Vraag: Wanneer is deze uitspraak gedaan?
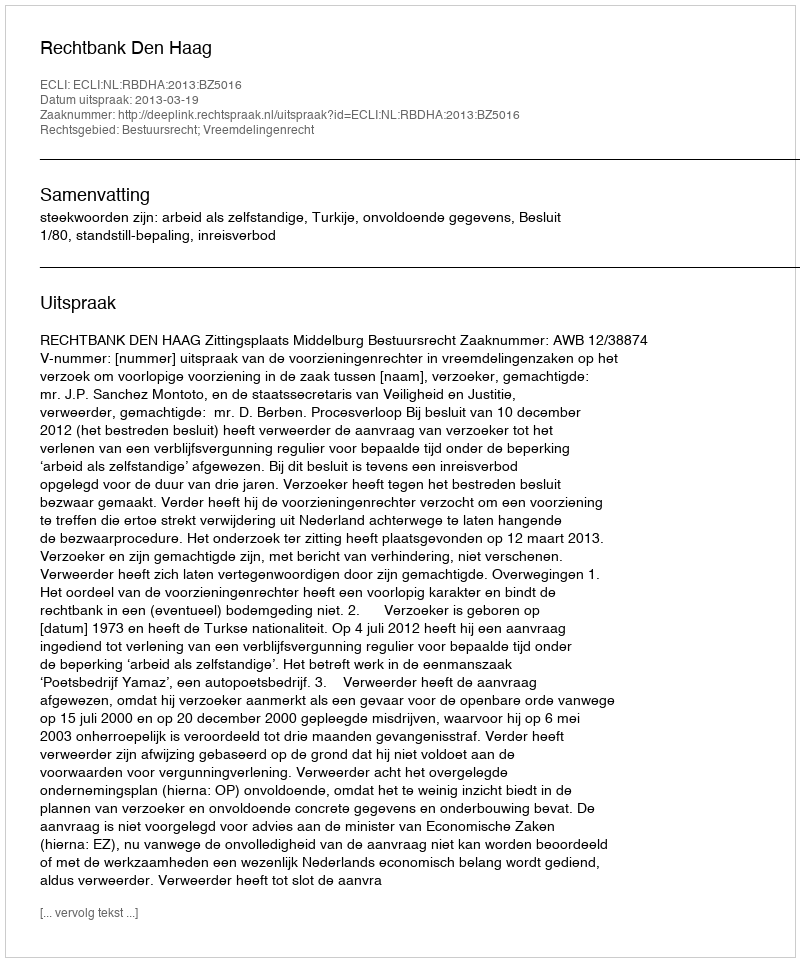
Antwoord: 2013-03-19